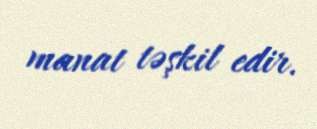
manat təşkil edir.